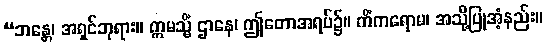
“ဘန္တေ၊ အရှင်ဘုရား။ ဣမသ္မိံ ဌာနေ၊ ဤတောအရပ်၌။ ကိံကရောမ၊ အသို့ပြုအံ့နည်း။